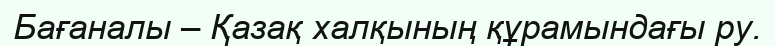
Бағаналы – Қазақ халқының құрамындағы ру.